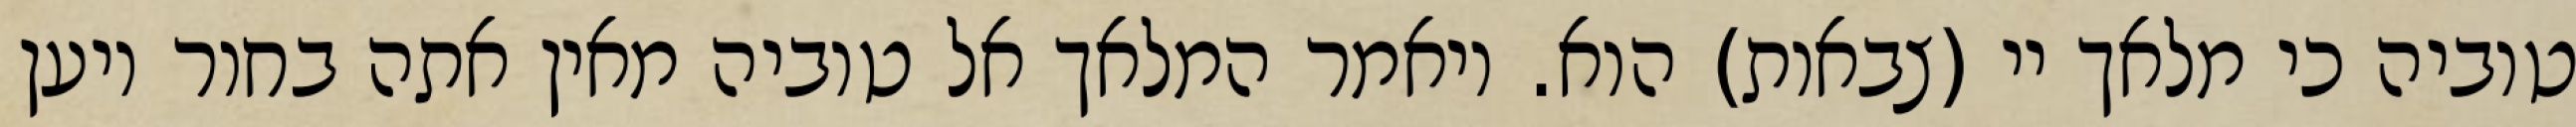
טוביה כי מלאך יי (צבאות) הוא. ויאמר המלאך אל טוביה מאין אתה בחור ויען